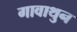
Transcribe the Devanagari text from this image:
गावाथुन